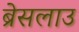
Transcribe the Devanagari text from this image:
ब्रेसलाउ